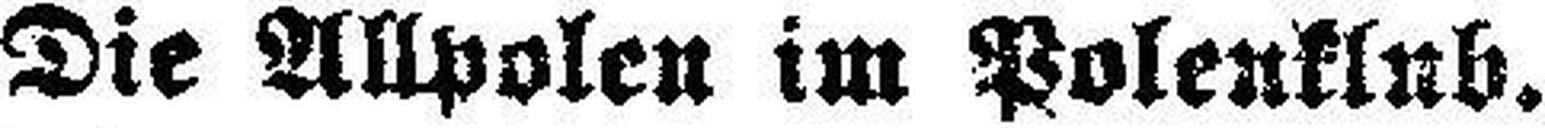
Die Allpolen im Polenklub.